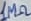
Text: 1MΩ